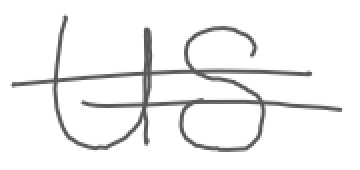
Text: US
Cross-out: double-line
Writing tool: digital_gray